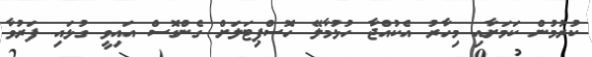
ކުރުމުން ކަމަށާއި މިހާރު އެކުއްޖާ ހުޅުމާލޭ ހޮސްޕިޓަލަށް ގެންގޮސް އައިވީ ގުޅައި ފަރުވާ